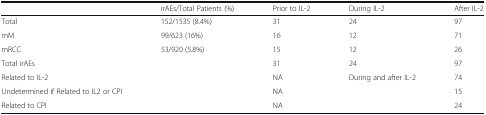
<table><thead><tr><td></td><td><b>irAEs/Total Patients (%)</b></td><td><b>Prior to IL-2</b></td><td><b>During IL-2</b></td><td><b>After IL-2</b></td></tr></thead><tbody><tr><td>Total</td><td>152/1535 (8.4%)</td><td>31</td><td>24</td><td>97</td></tr><tr><td>mM</td><td>99/623 (16%)</td><td>16</td><td>12</td><td>71</td></tr><tr><td>mRCC</td><td>53/920 (5.8%)</td><td>15</td><td>12</td><td>26</td></tr><tr><td>Total irAEs</td><td></td><td>31</td><td>24</td><td>97</td></tr><tr><td>Related to IL-2</td><td></td><td>NA</td><td>During and after IL-2</td><td>74</td></tr><tr><td>Undetermined if Related to IL2 or CPI</td><td></td><td>NA</td><td></td><td>15</td></tr><tr><td>Related to CPI</td><td></td><td>NA</td><td></td><td>24</td></tr></tbody></table>